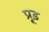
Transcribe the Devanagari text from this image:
प्रूड